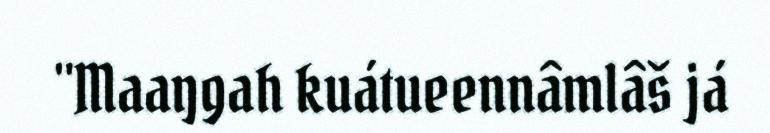
"Maaŋgah kuátueennâmlâš já